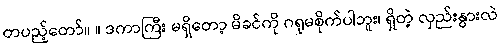
တပည့်တော်။ ။ ဒကာကြီး မရှိတော့ မိခင်ကို ဂရုမစိုက်ပါဘူး၊ ရှိတဲ့ လှည်းနွားလဲ